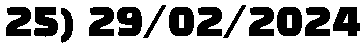
25) 29/02/2024